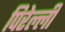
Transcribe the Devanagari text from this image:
पिरेल्ली